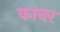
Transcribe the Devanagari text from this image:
कानर